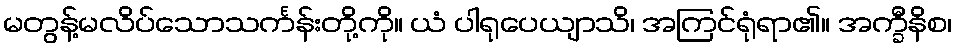
မတွန့်မလိပ်သောသင်္ကန်းတို့ကို။ ယံ ပါရုပေယျာသိ၊ အကြင်ရုံရာ၏။ အက္ခီနိစ၊